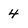
Character: 4